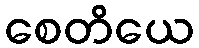
စေတိယေ